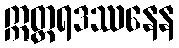
ဣတ္တရဒဿနေန